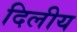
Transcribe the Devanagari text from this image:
दिलीय